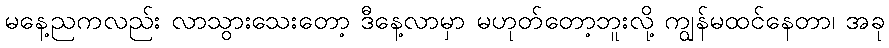
မနေ့ညကလည်း လာသွားသေးတော့ ဒီနေ့လာမှာ မဟုတ်တော့ဘူးလို့ ကျွန်မထင်နေတာ၊ အခု